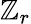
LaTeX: \mathbb{Z}_{r}